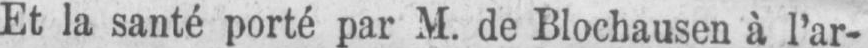
Et la santé porté par M. de Blochausen à l’ar-